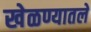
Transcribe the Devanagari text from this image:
खेळण्यातले